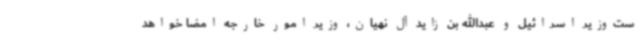
ست‌وزیر اسرائیل و عبدالله بن زاید آل نهیان، وزیر امور خارجه امضا خواهد